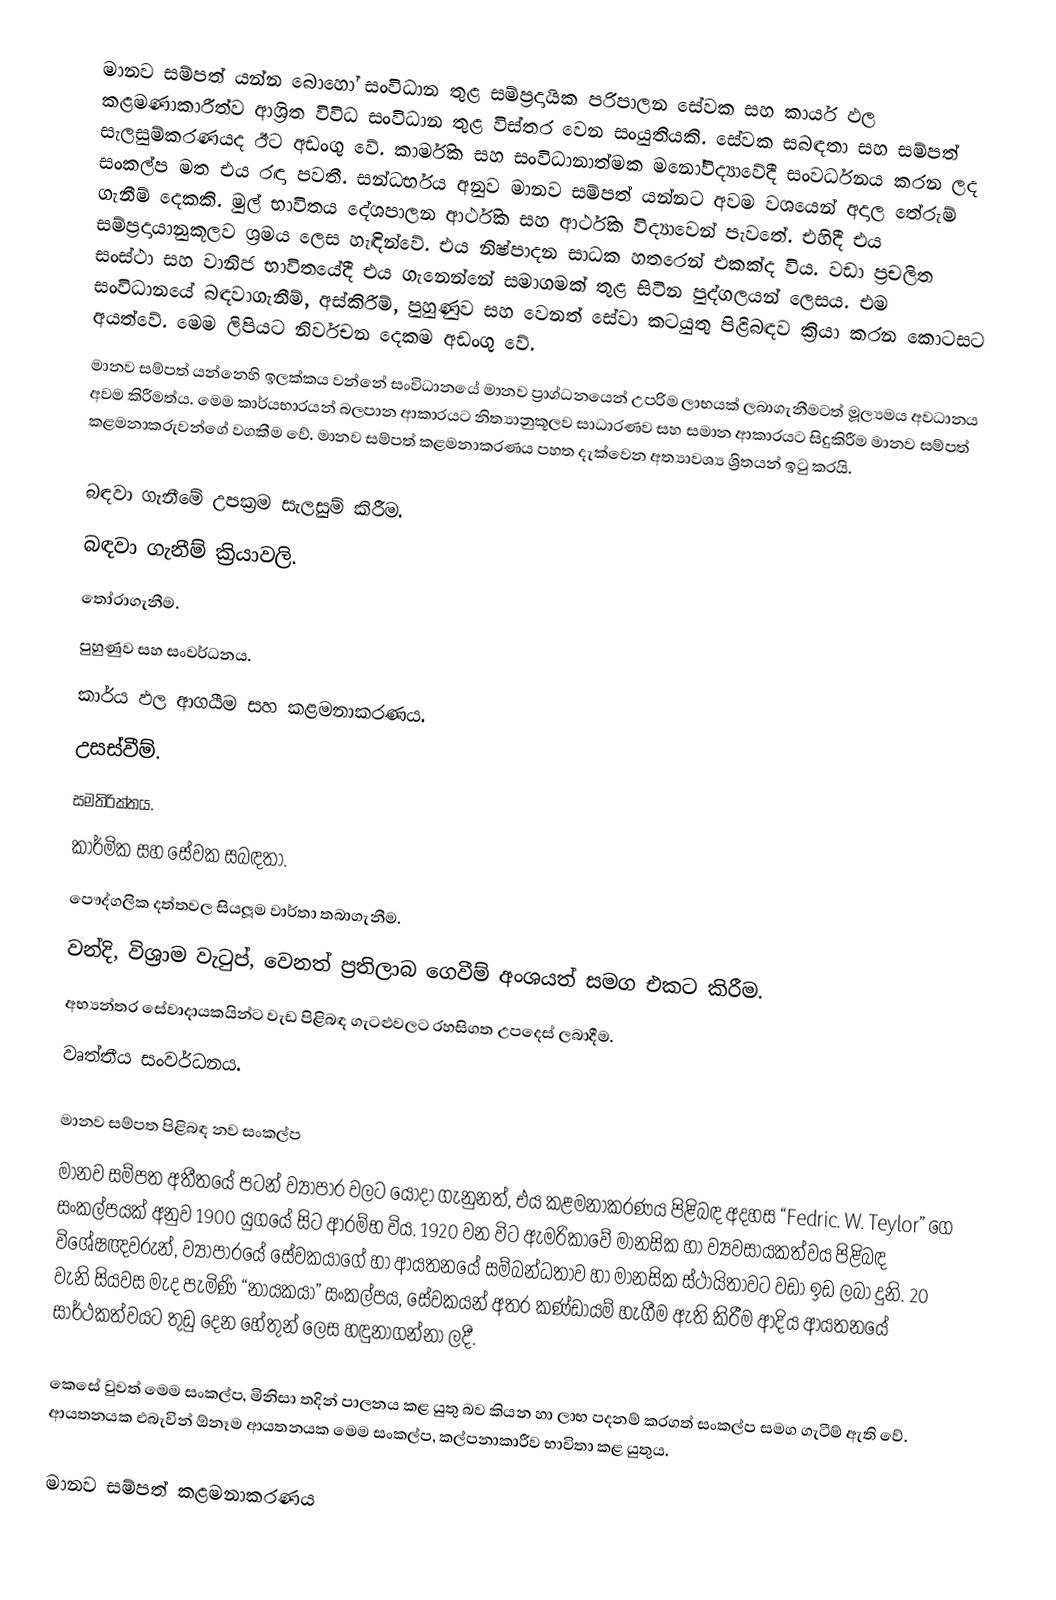
මානව සම්පත් යන්න බොහෝ සංවිධාන තුළ සම්ප්‍රදායික පරිපාලන සේවක සහ කාර්ය ඵල කළමණාකාරීත්ව ආශ්‍රිත විවිධ සංවිධාන තුළ විස්තර වෙන සංයුතියකි. සේවක සබඳතා සහ සම්පත් සැලසුම්කරණයද ඊට අඩංගු වේ. කාර්මික සහ සංවිධානාත්මක මනෝවිද්‍යාවේදී සංවර්ධනය කරන ලද සංකල්ප මත එය රඳා පවතී. සන්ධර්භය අනුව මානව සම්පත් යන්නට අවම වශයෙන් අදාල තේරුම් ගැනීම් දෙකකි. මුල් භාවිතය දේශපාලන ආර්ථික සහ ආර්ථික විද්‍යාවෙන් පැවතේ. එහිදී එය සම්ප්‍රදායානුකූලව ශ්‍රමය ලෙස හැඳින්වේ. එය නිෂ්පාදන සාධක හතරෙන් එකක්ද විය. වඩා ප්‍රචලිත සංස්ථා සහ වානිජ භාවිතයේදී එය ගැනෙන්නේ සමාගමක් තුළ සිටින පුද්ගලයන් ලෙසය. එම සංවිධානයේ බඳවාගැනීම්, අස්කිරීම්, පුහුණුව සහ වෙනත් සේවා කටයුතු පිළිබඳව ක්‍රියා කරන කොටසට අයත්වේ. මෙම ලිපියට නිර්වචන දෙකම අඩංගු වේ.
මානව සම්පත් යන්නෙහි ඉලක්කය වන්නේ සංවිධානයේ මානව ප්‍රාග්ධනයෙන් උපරිම ලාභයක් ලබාගැනීමටත් මූල්‍යමය අවධානය අවම කිරීමත්ය. මෙම කාර්යභාරයන් බලපාන ආකාරයට නිත්‍යානුකූලව සාධාරණව සහ සමාන ආකාරයට සිදුකිරීම මානව සම්පත් කළමනාකරුවන්ගේ වගකීම වේ. මානව සම්පත් කළමනාකරණය පහත දැක්වෙන අත්‍යාවශ්‍ය ශ්‍රිතයන් ඉටු කරයි.

බඳවා ගැනීමේ උපක්‍රම සැලසුම් කිරීම.
බඳවා ගැනීම් ක්‍රියාවලි.
තෝරාගැනීම.
පුහුණුව සහ සංවර්ධනය.
කාර්ය ඵල ආගයීම සහ කළමනාකරණය.
උසස්වීම්.
සමතිරික්තය.
කාර්මික සහ සේවක සබඳතා.
පෞද්ගලික දත්තවල සියලූම වාර්තා තබාගැනීම.
වන්දි, විශ්‍රාම වැටුප්, වෙනත් ප්‍රතිලාබ ගෙවීම් අංශයත් සමග එකට කිරීම.
අභ්‍යන්තර සේවාදායකයින්ට වැඩ පිළිබඳ ගැටළුවලට රහසිගත උපදෙස් ලබාදීම.
වෘත්තීය සංවර්ධනය.

මානව සම්පත පිළිබඳ නව සංකල්ප
මානව සම්පත අතීතයේ පටන් ව්‍යාපාර වලට යොදා ගැනුනත්, එය කළමනාකරණය පිළිබඳ  අදහස “Fedric. W. Teylor” ගෙ සංකල්පයක් අනුව 1900 යුගයේ සිට ආරම්භ විය. 1920 වන විට ඇමරිකාවේ මානසික හා ව්‍යවසායකත්වය පිළිබඳ විශේෂඥවරුන්, ව්‍යාපාරයේ සේවකයාගේ හා ආයතනයේ සම්බන්ධතාව හා මානසික ස්ථායිතාවට ව‍ඩා ඉඩ ලබා දුනි.  20 වැනි සියවස මැද පැමිණි “නායකයා” සංකල්පය, සේවකයන් අතර කණ්ඩායම් හැගීම ඇති කිරීම ආදිය ආයතනයේ සාර්ථකත්වයට තුඩු දෙන හේතුන් ලෙස හඳුනාගන්නා ලදී.

කෙසේ වුවත් මෙම සංකල්ප, මිනිසා තදින් පාලනය කළ යුතු බව කියන හා ලාභ පදනම් කරගත් සංකල්ප සමග ගැටීම් ඇති වේ.  ආයතනයක එබැවින් ඕනෑම ආයතනයක මෙම සංකල්ප, කල්පනාකාරීව භාවිතා කළ යුතුය.

මානව සම්පත් කළමනාකරණය